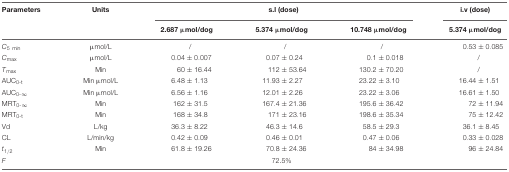
<table><thead><tr><td><b>Parameters</b></td><td><b>Units</b></td><td colspan="3"><b>s.l (dose)</b></td><td><b>i.v (dose)</b></td></tr><tr><td></td><td></td><td><b>2.687 μmol/dog</b></td><td><b>5.374 μmol/dog</b></td><td><b>10.748 μmol/dog</b></td><td><b>5.374 μmol/dog</b></td></tr></thead><tbody><tr><td><i>C</i><sub>5 min</sub></td><td>μmol/L</td><td>/</td><td>/</td><td>/</td><td>0.53 ± 0.085</td></tr><tr><td><i>C</i><sub>max</sub></td><td>μmol/L</td><td>0.04 ± 0.007</td><td>0.07 ± 0.24</td><td>0.1 ± 0.018</td><td>/</td></tr><tr><td><i>T</i><sub>max</sub></td><td>Min</td><td>60 ± 16.44</td><td>112 ± 53.64</td><td>130.2 ± 70.20</td><td>/</td></tr><tr><td>AUC<sub>0-t</sub></td><td>Min μmol/L</td><td>6.48 ± 1.13</td><td>11.93 ± 2.27</td><td>23.22 ± 3.10</td><td>16.44 ± 1.51</td></tr><tr><td>AUC<sub>0-∞</sub></td><td>Min μmol/L</td><td>6.56 ± 1.16</td><td>12.01 ± 2.26</td><td>23.22 ± 3.06</td><td>16.61 ± 1.50</td></tr><tr><td>MRT<sub>0-∞</sub></td><td>Min</td><td>162 ± 31.5</td><td>167.4 ± 21.36</td><td>195.6 ± 36.42</td><td>72 ± 11.94</td></tr><tr><td>MRT<sub>0-t</sub></td><td>Min</td><td>168 ± 34.8</td><td>171 ± 23.16</td><td>198.6 ± 35.34</td><td>75 ± 12.42</td></tr><tr><td>Vd</td><td>L/kg</td><td>36.3 ± 8.22</td><td>46.3 ± 14.6</td><td>58.5 ± 29.3</td><td>36.1 ± 8.45</td></tr><tr><td>CL</td><td>L/min/kg</td><td>0.42 ± 0.09</td><td>0.46 ± 0.01</td><td>0.47 ± 0.06</td><td>0.33 ± 0.028</td></tr><tr><td><i>t</i><sub>1/2</sub></td><td>Min</td><td>61.8 ± 19.26</td><td>70.8 ± 24.36</td><td>84 ± 34.98</td><td>96 ± 24.84</td></tr><tr><td><i>F</i></td><td></td><td></td><td>72.5%</td><td></td><td></td></tr></tbody></table>